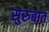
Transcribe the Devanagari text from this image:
सुरुबात